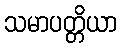
သမာပတ္တိယာ